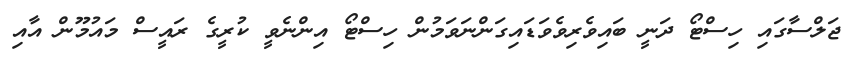
ޖަލްސާގައި ހިސްޓޯ ދަނީ ބައިވެރިވެވަޑައިގަންނަވަމުން ހިސްޓޯ އިންނެވީ ކުރީގެ ރައީސް މައުމޫން އާއި